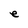
Character: e